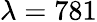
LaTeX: \lambda=781